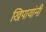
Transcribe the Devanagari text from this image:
खिपायांनी